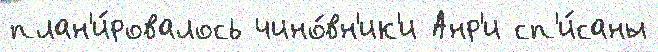
план'и́ровалось чино́вн'ик'и Анр'и сп'и́саны